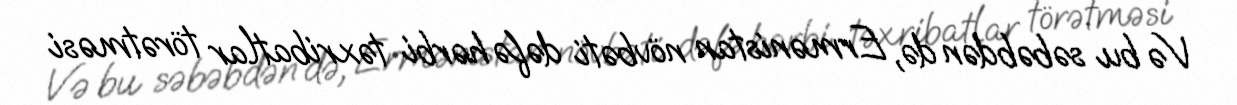
Və bu səbəbdən də, Ermənistan növbəti dəfə hərbi təxribatlar törətməsi